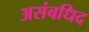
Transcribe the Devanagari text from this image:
असंबधिद